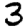
Digit: 3